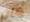
كان